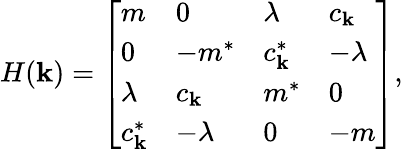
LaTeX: \begin{array}{r}{H(\mathbf{k})=\left[\begin{array}{llll}{m}&{0}&{\lambda}&{c_{\mathbf{k}}}\\ {0}&{-m^{*}}&{c_{\mathbf{k}}^{*}}&{-\lambda}\\ {\lambda}&{c_{\mathbf{k}}}&{m^{*}}&{0}\\ {c_{\mathbf{k}}^{*}}&{-\lambda}&{0}&{-m}\end{array}\right],}\end{array}